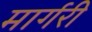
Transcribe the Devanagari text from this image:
मार्गरी